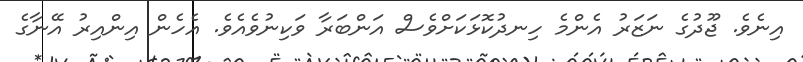
އިނެވެ. ޖޫދުގެ ނަޒަރު އެންމެ ހިނދުކޮޅަކަށްވެސް އަންބަރާ ވަކިނުވެއެވެ. އެހެން އިންއިރު އޭނާގެ